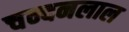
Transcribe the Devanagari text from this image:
चन्दनलाल